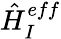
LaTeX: \hat{H}_{I}^{eff}